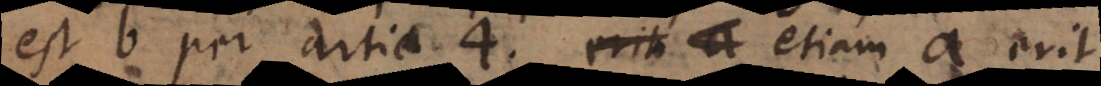
est b per artic. 4, etiam a erit